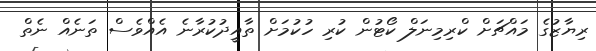
ރިޔާޒުގެ މައްޗަށް ކްރިމިނަލް ކޯޓުން ކުރި ހުކުމަށް ތާއީދުކުރާނެ އެއްވެސް ތަނެއް ނެތް